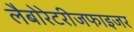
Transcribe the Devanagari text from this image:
लैबोरेटरीजफाइजर